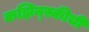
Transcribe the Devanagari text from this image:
कझिन्स्कीची